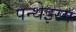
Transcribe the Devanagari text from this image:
पन्थेइस्म